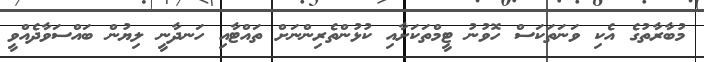
މުބާރާތުގެ އެކި ވަނަތަކަސް ހޮވުނު ޓީމްތަކަށާއި ކުޅުންތެރިންނަށް ތައްޓާއި ހަނދާނީ ލިޔުން ބައްސަވާދެއްވީ